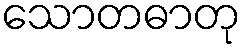
သောတဓာတု